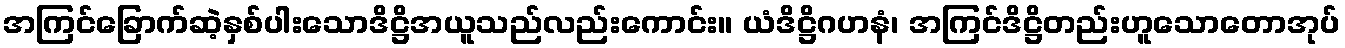
အကြင်ခြောက်ဆဲ့နှစ်ပါးသောဒိဋ္ဌိအယူသည်လည်းကောင်း။ ယံဒိဋ္ဌိဂဟနံ၊ အကြင်ဒိဋ္ဌိတည်းဟူသောတောအုပ်